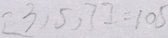
[ 3 , 5 , 7 ] = 1 0 5